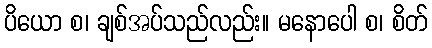
ပိယော စ၊ ချစ်အပ်သည်လည်း။ မနောပေါ စ၊ စိတ်